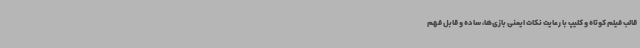
قالب فیلم کوتاه و کلیپ با رعایت نکات ایمنی بازی‌ها، ساده و قابل فهم